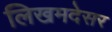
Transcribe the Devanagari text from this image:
लिखमदेसर